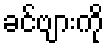
ခင်ဗျားကို